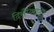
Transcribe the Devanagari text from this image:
दिसैप्वाइंटेड